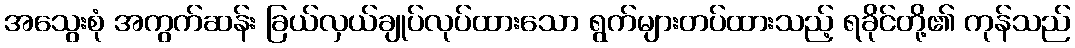
အသွေးစုံ အကွက်ဆန်း ခြယ်လှယ်ချုပ်လုပ်ထားသော ရွက်များတပ်ထားသည့် ရခိုင်တို့၏ ကုန်သည်